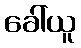
ခေါ်ယူ